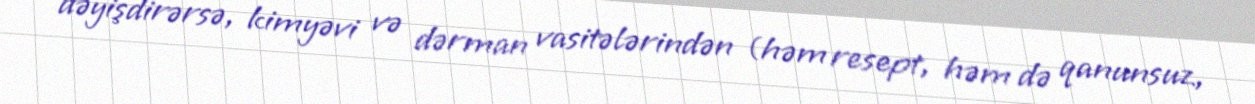
dəyişdirərsə, kimyəvi və dərman vasitələrindən (həm resept, həm də qanunsuz,